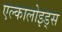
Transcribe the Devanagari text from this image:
एल्कालोइड्स